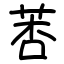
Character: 莕